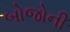
બોજોની